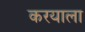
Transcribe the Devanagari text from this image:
करयाला